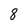
Character: 8